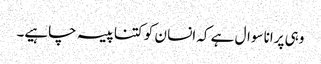
وہی پرانا سوال ہے کہ انسا ن کو کتنا پیسہ چاہیے۔